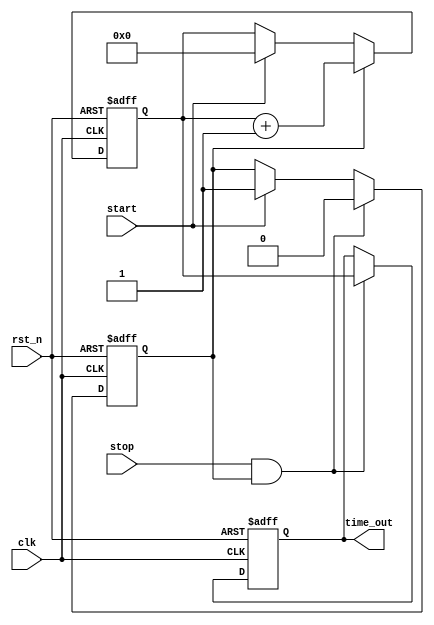
module TDC (
    input wire clk,          // System clock
    input wire rst_n,       // Active low reset
    input wire start,       // Start signal
    input wire stop,        // Stop signal
    output reg [15:0] time_out // 16-bit digital output for time measurement
);

    // Parameters
    parameter RAMP_MAX = 255; // Maximum ramp value
    parameter RAMP_STEP = 1;   // Ramp step increment
    parameter CLOCK_FREQ = 100; // Clock frequency in MHz

    // Internal signals
    reg [7:0] ramp_voltage;    // 8-bit ramp voltage
    reg measuring;             // Flag to indicate measuring state
    reg [15:0] counter;        // Counter for time measurement

    // Voltage Ramp Generator
    always @(posedge clk or negedge rst_n) begin
        if (!rst_n) begin
            ramp_voltage <= 0;
        end else if (measuring) begin
            if (ramp_voltage < RAMP_MAX) begin
                ramp_voltage <= ramp_voltage + RAMP_STEP;
            end
        end
    end

    // Comparator Logic
    wire comparator_output;
    assign comparator_output = (ramp_voltage >= RAMP_MAX); // Compare with reference voltage

    // Time Measurement Logic
    always @(posedge clk or negedge rst_n) begin
        if (!rst_n) begin
            measuring <= 0;
            counter <= 0;
            time_out <= 0;
        end else begin
            if (start) begin
                measuring <= 1; // Start measuring
                ramp_voltage <= 0; // Reset ramp voltage
                counter <= 0; // Reset counter
            end
            
            if (measuring) begin
                counter <= counter + 1; // Increment counter on each clock cycle
            end
            
            if (stop && measuring) begin
                measuring <= 0; // Stop measuring
                time_out <= counter; // Capture the measured time
            end
        end
    end

endmodule